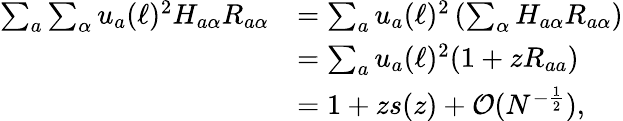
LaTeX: \begin{array}{rl}{\sum_{a}\sum_{\alpha}u_{a}(\ell)^{2}H_{a\alpha}R_{a\alpha}}&{=\sum_{a}u_{a}(\ell)^{2}\left(\sum_{\alpha}H_{a\alpha}R_{a\alpha}\right)}\\ &{=\sum_{a}u_{a}(\ell)^{2}(1+zR_{aa})}\\ &{=1+zs(z)+{\mathcal O}(N^{-\frac{1}{2}}),}\end{array}